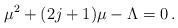
LaTeX: \begin{align*}\mu^2+(2j+1)\mu-\Lambda=0\,. \end{align*}